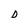
Character: D